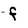
Character: f